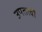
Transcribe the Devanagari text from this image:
उपतत्वों